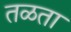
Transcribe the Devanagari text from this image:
तळता